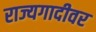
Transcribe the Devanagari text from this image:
राज्यगादीवर